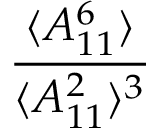
\frac { \langle A _ { 1 1 } ^ { 6 } \rangle } { \langle A _ { 1 1 } ^ { 2 } \rangle ^ { 3 } }